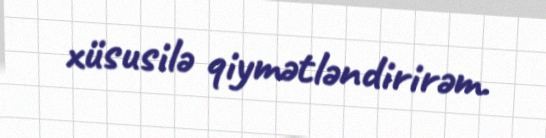
xüsusilə qiymətləndirirəm.